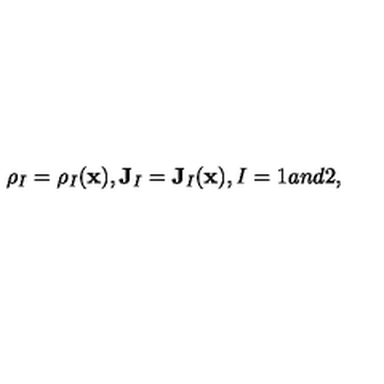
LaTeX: \rho _ { I } = \rho _ { I } ( \mathbf { x } ) , \mathbf { J } _ { I } = \mathbf { J } _ { I } ( \mathbf { x } ) , I = 1 a n d 2 ,